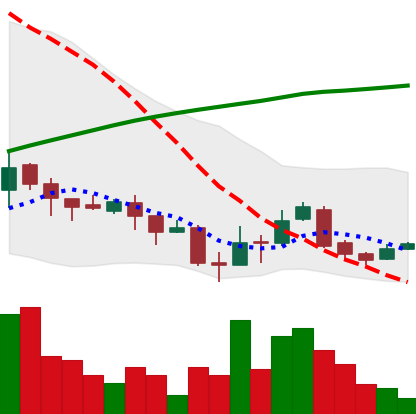
Ticker: XLM-USD
Chart end date: 2018-04-08
Forward return: 19.34%
Label: up_7plus